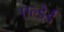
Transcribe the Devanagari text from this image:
एल्डैर्ड